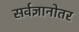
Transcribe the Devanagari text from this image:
सर्वज्ञानोतर